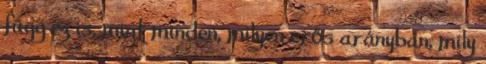
függ ez is, mint minden, milyen erős arányban, mily